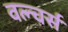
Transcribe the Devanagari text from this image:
वल्चर्स